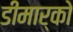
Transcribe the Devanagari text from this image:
डीमार्को